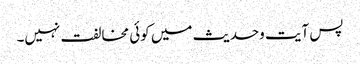
پس آیت وحدیث میں کوئی مخالفت نہیں۔